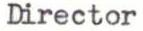
Director